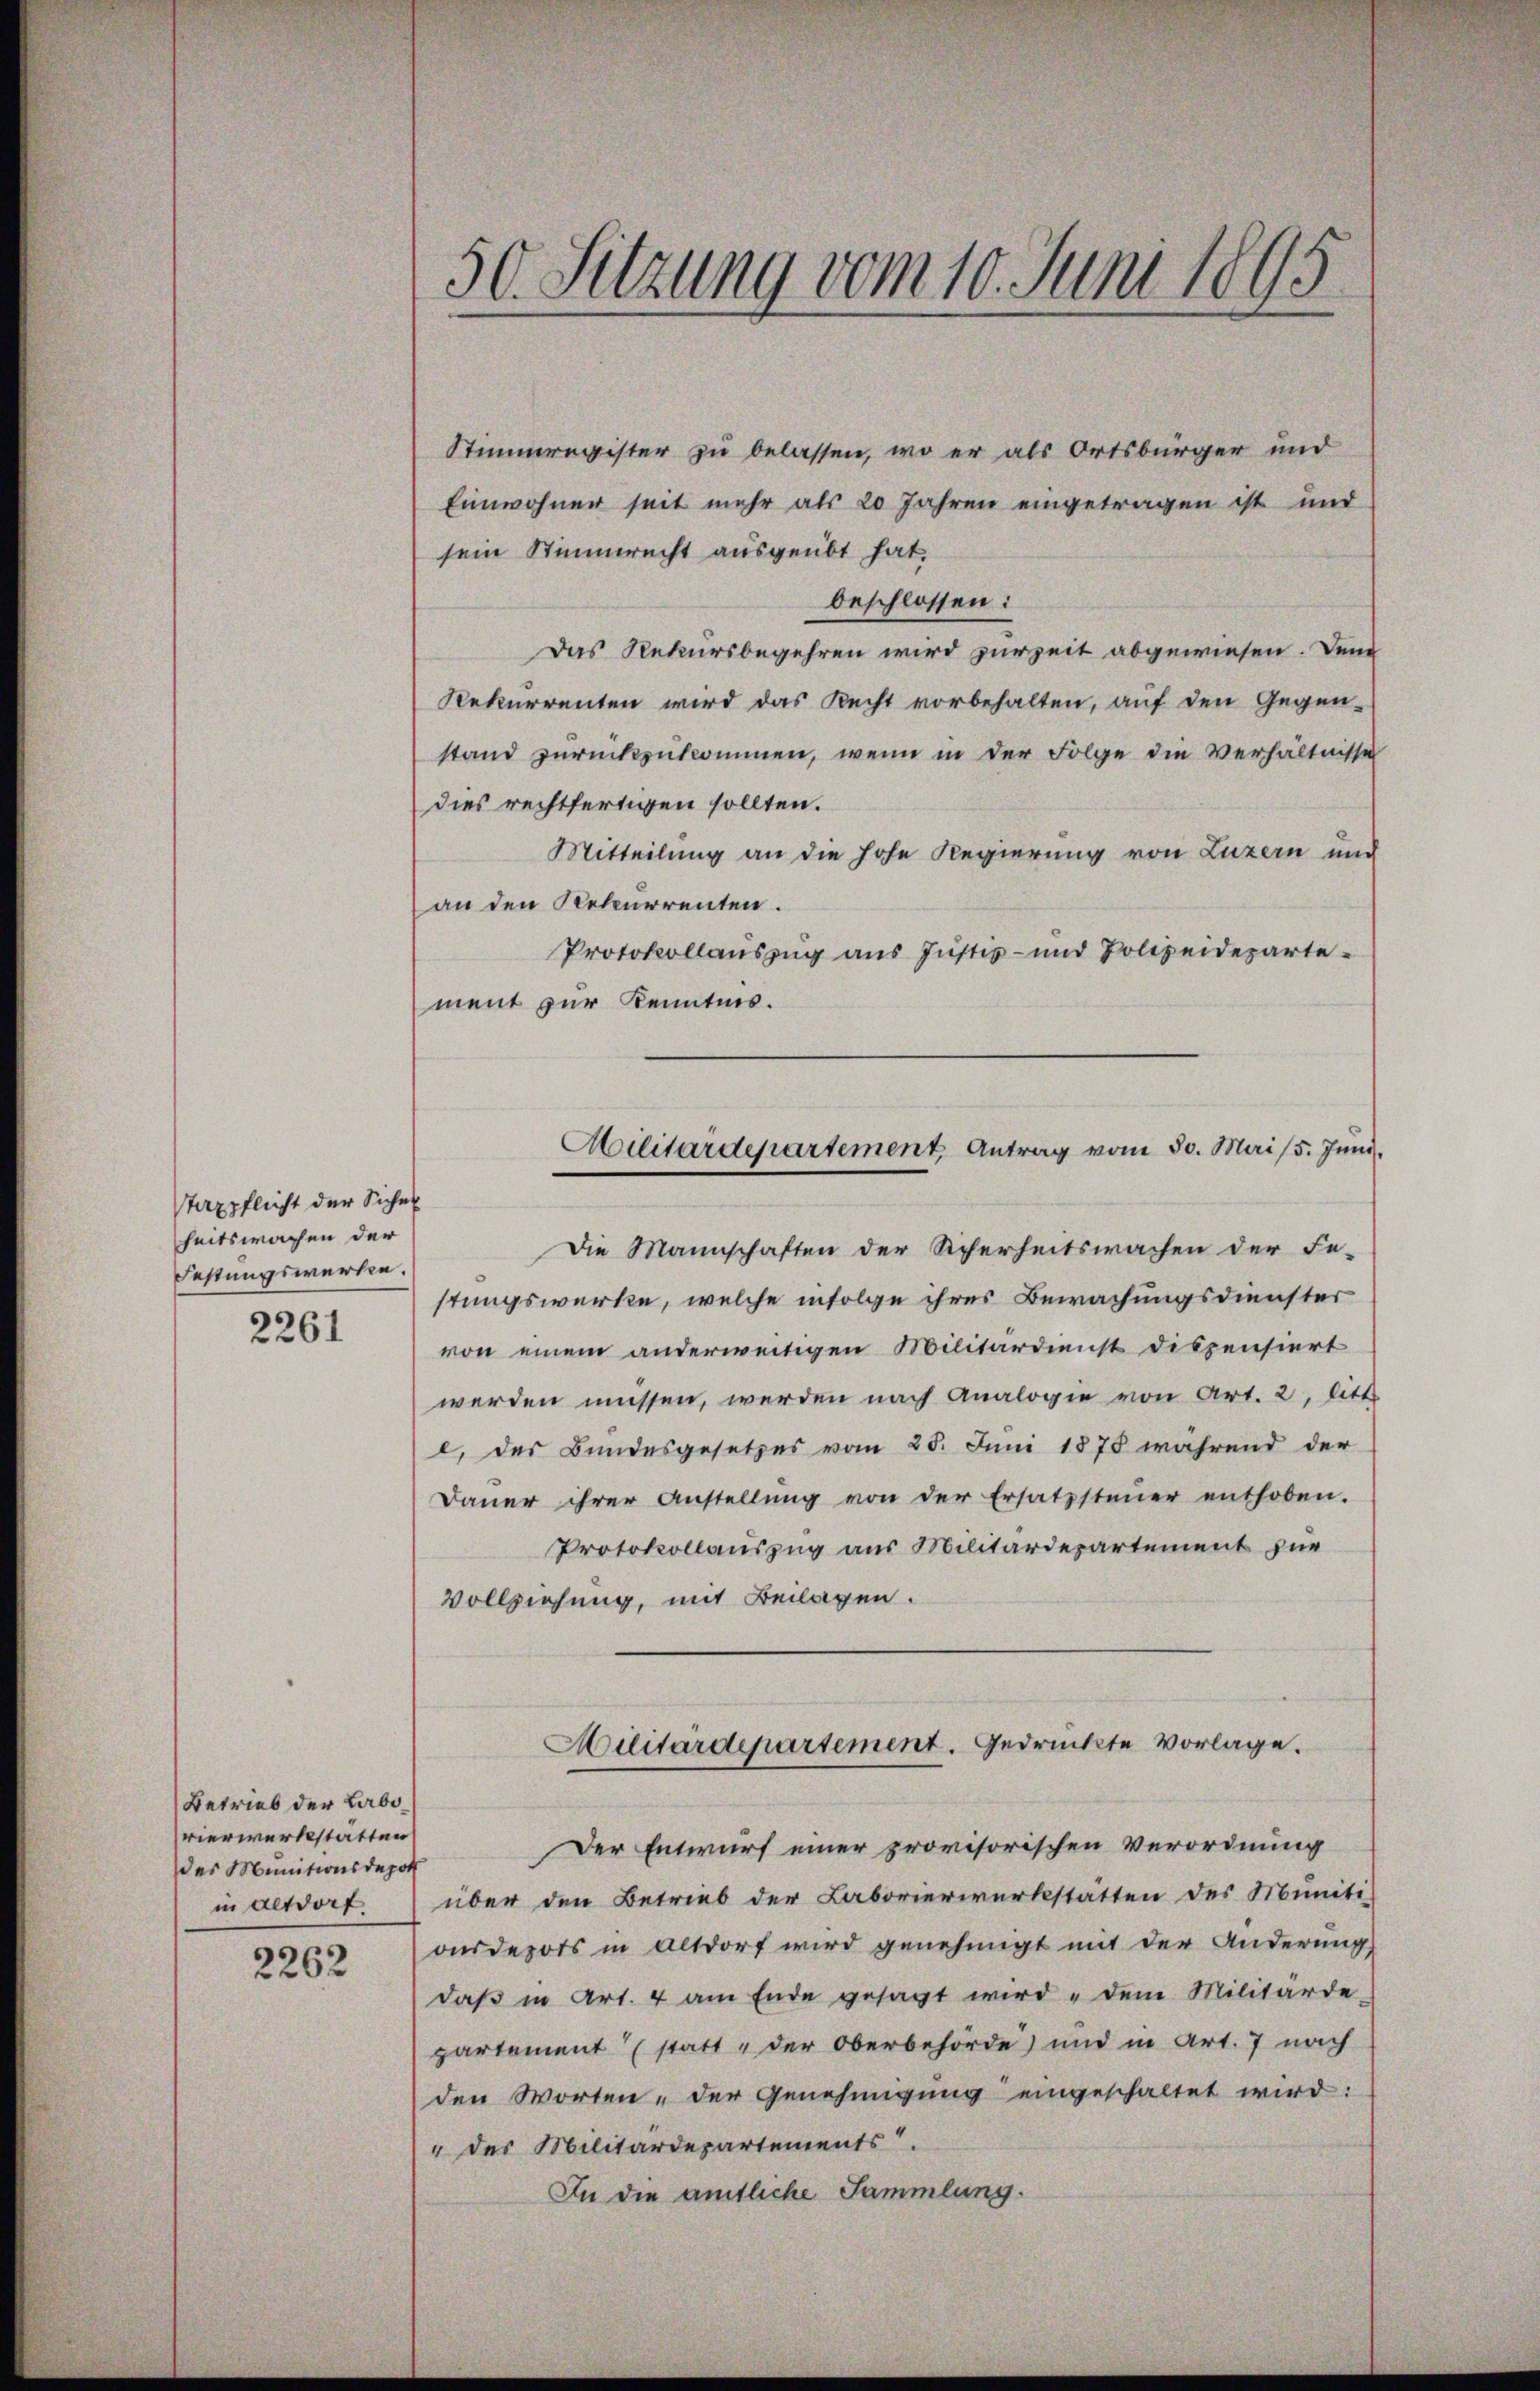
staxpflicht der Sicher
heitswachen der
Festungswerken.
2261

Betrieb der Labovierwerkstätten
des Munitionsdepot
in Altdorf.

2262

50. Sitzung vom 10. Juni 1895

Stimmregister zu belassen, wo er als Ortsbürger und
Einwohner seit mehr als 20 Jahren eingetragen ist und
sein Stimmrecht ausgeübt hat,
beschlossen:
Das Rekursbegehren wird zur Zeit abgewiesen. Denn
Rekurrenten wird das Recht vorbehalten, auf den Gegen-
stand zurückzukommen, wenn in der Folge die Verhältnisse
dies rechtfertigen sollten.
Mitteilung an die hohe Regierung von Luzern und
an den Rekurrenten.
Protokollauszug aus Justiz- und Polizeidepartement zur Kenntnis.
Die Mannschaften der Sicherheitswachen der Fe-
stungswerke, welche infolge ihres Bewachungsdienster
von einem anderweitigen Militärdienst dispensiert
werden müssen, werden nach Analogie von Art. 2, litt.
l) der Bundesgesetzes vom 25. Juni 1875 während der
Daŭer ihrer Anstellŭng von der Ersatzsteŭer enthoben.
Protokollauszug aus Militärdepartement für
Vollziehung, mit Beilagen.
Militärdepartement. Gedrückte Vorlage.
Der Entwurf einer provisorischen Verordnung
über den Betrieb der Laborierwerkstatten des Muniti
onsdepots in Altdorf wird genehmigt mit der Änderung
daβ in Art. 4 am Ende gesagt wird dem Militärde-
partement statt der Oberbehörde) und in Art. 7 nach
den Worten - der Genehmigung eingeschaltet wird:
" des Militärdepartements.
In die amtliche Sammlung.

Militärdepartement Antrag vom 30. Mai / 5. Juni.